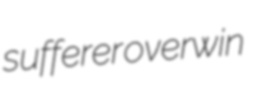
sufferer overwin